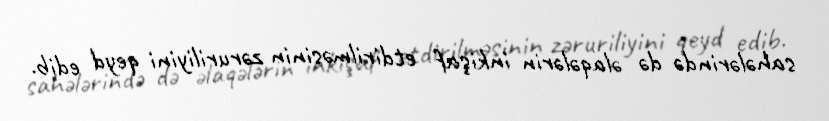
sahələrində də əlaqələrin inkişaf etdirilməsinin zəruriliyini qeyd edib.